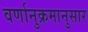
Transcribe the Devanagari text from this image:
वर्णानुक्रमानुसार